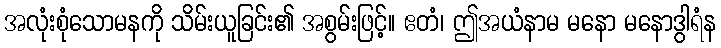
အလုံးစုံသောမနကို သိမ်းယူခြင်း၏ အစွမ်းဖြင့်။ ဧတံ၊ ဤအယံနာမ မနော မနောဒွါရံန